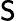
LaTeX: {\sf S}